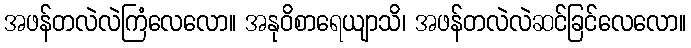
အဖန်တလဲလဲကြံလေလော။ အနုဝိစာရေယျာသိ၊ အဖန်တလဲလဲဆင်ခြင်လေလော။